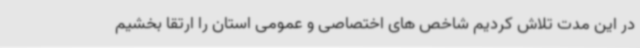
در این مدت تلاش کردیم شاخص های اختصاصی و عمومی استان را ارتقا بخشیم